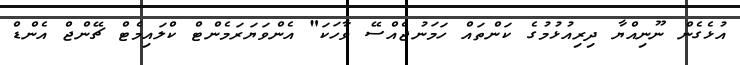
އުޅެގެން ނޫނިއްޔާ ދިރިއުޅުމުގެ ކަންތައް ހަމަނުޖެއްސޭ ވާހަކަ" އެންވަޔަރަމެންޓް ކްލައިމެޓް ޗޭންޖް އެންޑް